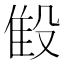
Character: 𬆨